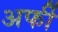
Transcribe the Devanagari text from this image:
अर्फी